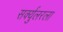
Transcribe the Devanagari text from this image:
सर्क्युलरला